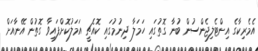
އެމެރިކާގެ އިންޓެލިޖެންސުން ބުނާ ގޮތުގައި ހަމަލާ ދިނުމުގައި ކޮއެޗީ އަމަލުކޮށްފައިވާ ގޮތުން އޭނާއަށް